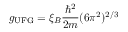
g _ { \mathrm { U F G } } = \xi _ { B } \frac { \hbar ^ { 2 } } { 2 m } ( 6 \pi ^ { 2 } ) ^ { 2 / 3 }